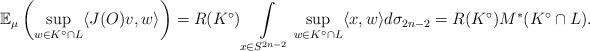
LaTeX: \begin{align*} {\mathbb E}_{\mu} \left ( \sup_{w \in K^{\circ} \cap L} \langle J(O)v,w \rangle \right) = R(K^{\circ})\int\limits_{x \in S^{2n-2}} \sup_{w \in K^{\circ} \cap L} \langle x,w \rangle d \sigma_{2n-2} = R(K^{\circ}) M^*(K^{\circ} \cap L). \end{align*}